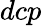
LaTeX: dcp